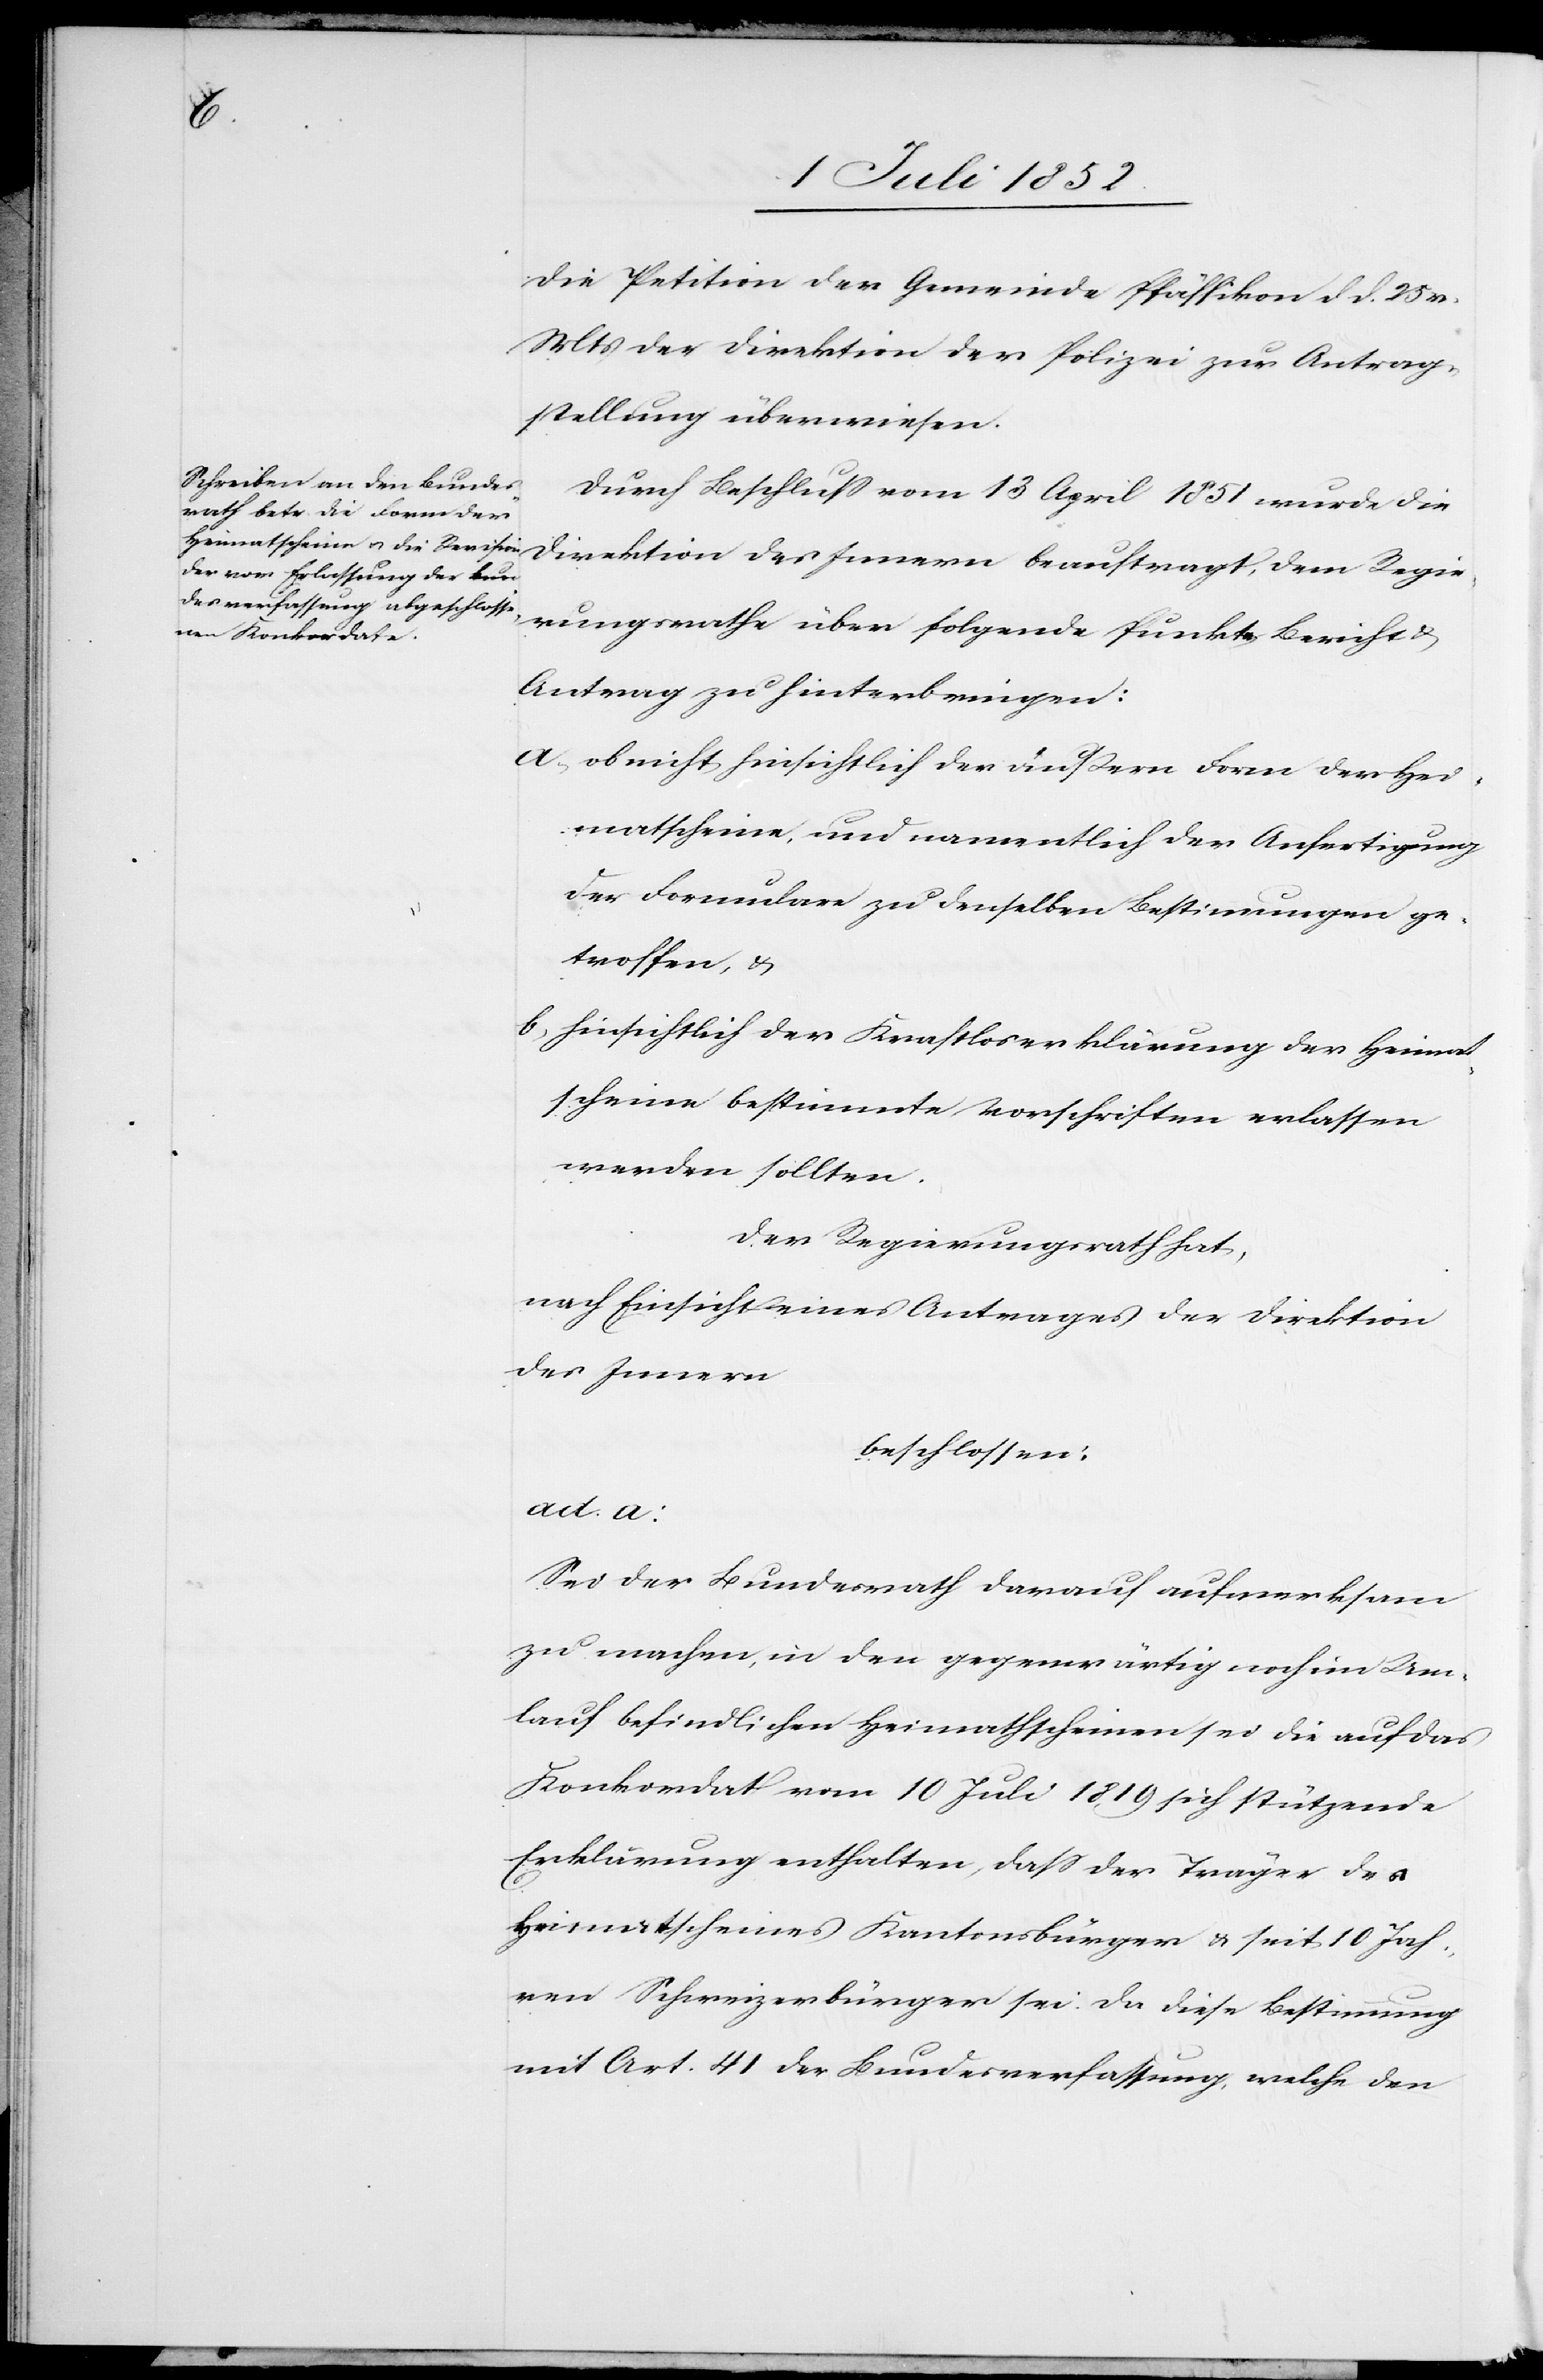
die Petition der Gemeinde Pfäffikon d d. 25 v.
Mts der Direktion der Polizei zur Antrag¬
stellung überwiesen.
Durch Beschluss vom 13 April 1851 wurde die
Direktion des Innern beauftragt, dem Regie¬
rungsrathe über folgende Punkte Bericht
Antrag zu hinterbringen:
ob nicht hinsichtlich der äußern Form der Hei¬
matscheine, und namentlich der Anfertigung
der Formulare zu denselben Bestimmungen ge¬
troffen, &
hinsichtlich der Kraftloserklärung der Heimat¬
scheine bestimmte Vorschriften erlassen
werden sollten.
Der Regierungsrath hat,
nach Einsicht eines Antrages der Direktion
des Innern
beschlossen:
ad. a:
Sei der Bundesrath darauf aufmerksam
zu machen, in den gegenwärtig noch im Um¬
lauf befindlichen Heimathscheinen sei die auf das
Konkordat vom 10 Juli 1819 sich stützende
Erklärung enthalten, dass der Träger des
Heimatscheines Kantonsbürger & seit 10 Jah¬
ren Schweizerbürger sei. Da diese Bestimmung
mit Art. 41 der Bundesverfassung, welche den